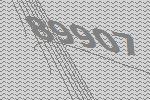
89907